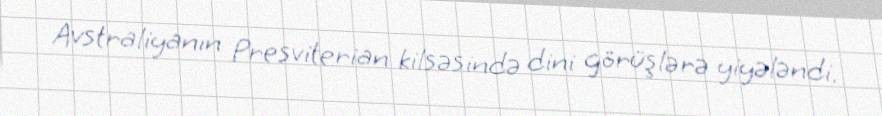
Avstraliyanın Presviterian kilsəsində dini görüşlərə yiyələndi.